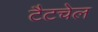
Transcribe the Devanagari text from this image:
टैटचेल